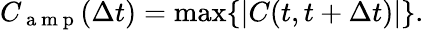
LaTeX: C_{\mathrm{~a~m~p~}}(\Delta t)=\operatorname*{max}\{ |C(t,t+\Delta t)|\} .